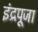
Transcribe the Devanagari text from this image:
इंद्रपूजा